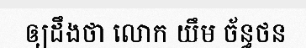
ឲ្យដឹងថា លោក យឹម ច័ន្ធថន